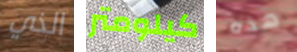
الذي كيلومتر هذه